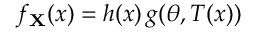
f _ { \mathbf { X } } ( x ) = h ( x ) \, g ( \theta , T ( x ) )